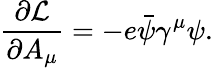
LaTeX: {\frac{\partial{\mathcal{L}}}{\partial A_{\mu}}}=-e{\bar{\psi}}\gamma^{\mu}\psi.